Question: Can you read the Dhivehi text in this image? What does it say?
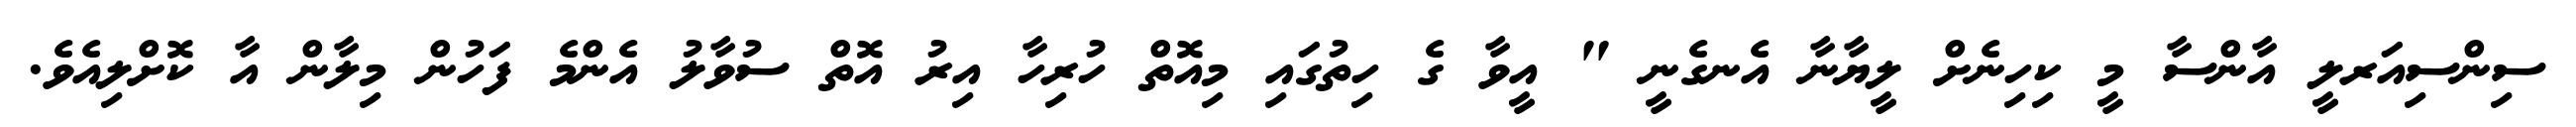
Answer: ސިންސިއަރލީ އާންސާ މީ ކިހިނެށް ލީޔާނާ އެނގެނީ " އީވާ ގެ ހިތުގައި މިއޮތް ހުރިހާ އިރު އޮތް ސުވާލު އެންމެ ފަހުން މިލާން އާ ކޮށްލިއެވެ.